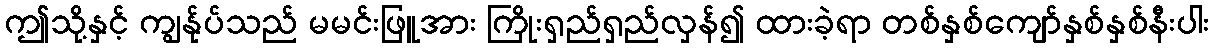
ဤသို့နှင့် ကျွန်ုပ်သည် မမင်းဖြူအား ကြိုးရှည်ရှည်လှန်၍ ထားခဲ့ရာ တစ်နှစ်ကျော်နှစ်နှစ်နီးပါး